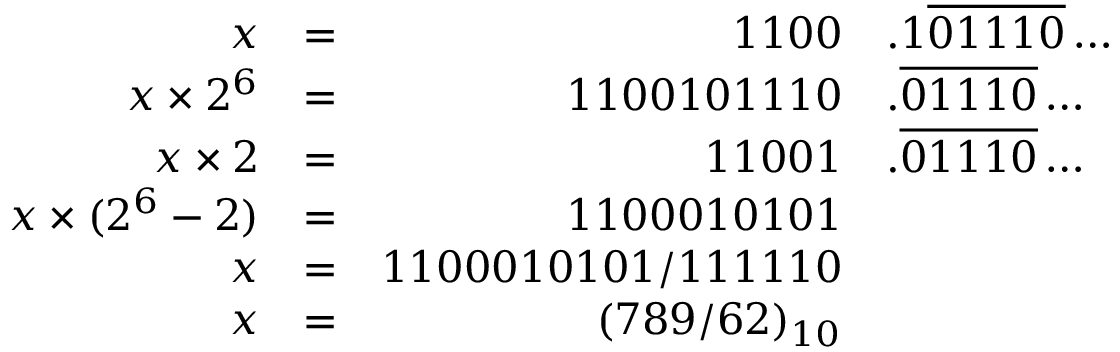
{ \begin{array} { r l r l } { x } & { = } & { 1 1 0 0 } & { . 1 { \overline { { 0 1 1 1 0 } } } \ldots } \\ { x \times 2 ^ { 6 } } & { = } & { 1 1 0 0 1 0 1 1 1 0 } & { . { \overline { { 0 1 1 1 0 } } } \ldots } \\ { x \times 2 } & { = } & { 1 1 0 0 1 } & { . { \overline { { 0 1 1 1 0 } } } \ldots } \\ { x \times ( 2 ^ { 6 } - 2 ) } & { = } & { 1 1 0 0 0 1 0 1 0 1 } \\ { x } & { = } & { 1 1 0 0 0 1 0 1 0 1 / 1 1 1 1 1 0 } \\ { x } & { = } & { ( 7 8 9 / 6 2 ) _ { 1 0 } } \end{array} }